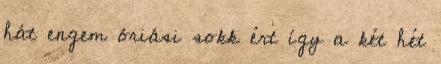
hát engem óriási sokk ért így a két hét